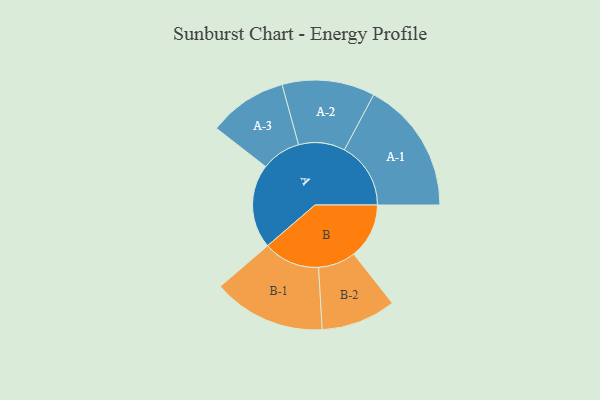
{"axis": {"x": "Segment", "y": "Value"}, "legend": ["", "A", "B"], "data": [{"x": "A", "y": 337, "type": ""}, {"x": "B", "y": 222, "type": ""}, {"x": "A-1", "y": 266, "type": "A"}, {"x": "A-2", "y": 186, "type": "A"}, {"x": "A-3", "y": 158, "type": "A"}, {"x": "B-1", "y": 226, "type": "B"}, {"x": "B-2", "y": 150, "type": "B"}]}